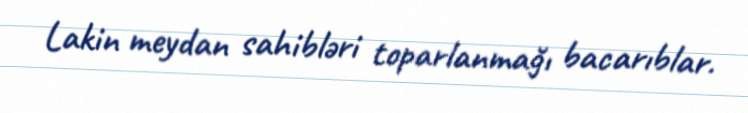
Lakin meydan sahibləri toparlanmağı bacarıblar.